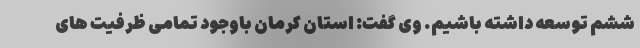
ششم توسعه داشته باشیم. وی گفت: استان کرمان باوجود تمامی ظرفیت های